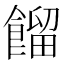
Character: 餾